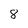
Character: 8